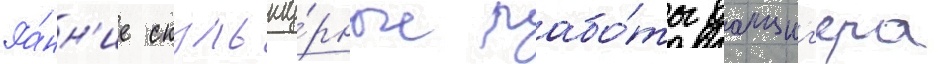
Ра́нн'ие скульпту́рные рабо́ты данциг'ера